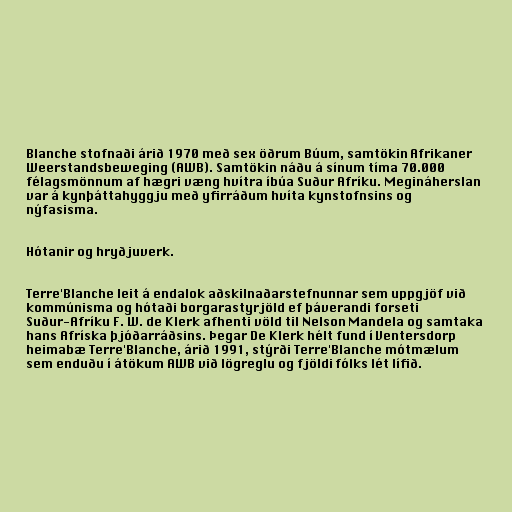
Blanche stofnaði árið 1970 með sex öðrum Búum, samtökin Afrikaner
Weerstandsbeweging (AWB). Samtökin náðu á sínum tíma 70.000
félagsmönnum af hægri væng hvítra íbúa Suður Afríku. Megináherslan
var á kynþáttahyggju með yfirráðum hvíta kynstofnsins og
nýfasisma.

Hótanir og hryðjuverk.

Terre'Blanche leit á endalok aðskilnaðarstefnunnar sem uppgjöf við
kommúnisma og hótaði borgarastyrjöld ef þáverandi forseti
Suður-Afríku F. W. de Klerk afhenti völd til Nelson Mandela og samtaka
hans Afríska þjóðarráðsins. Þegar De Klerk hélt fund í Ventersdorp
heimabæ Terre'Blanche, árið 1991, stýrði Terre'Blanche mótmælum
sem enduðu í átökum AWB við lögreglu og fjöldi fólks lét lífið.